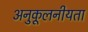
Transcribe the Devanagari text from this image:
अनुकूलनीयता